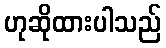
ဟုဆိုထားပါသည်